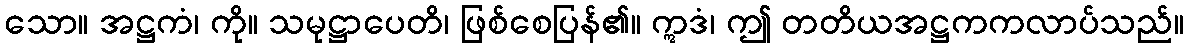
သော။ အဋ္ဌကံ၊ ကို။ သမုဋ္ဌာပေတိ၊ ဖြစ်စေပြန်၏။ ဣဒံ၊ ဤ တတိယအဋ္ဌကကလာပ်သည်။